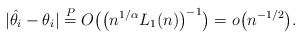
\begin{gather*}|\hat{\theta_i} - \theta_i| \overset{P}= O\bigl(\bigl(n^{1/\alpha}L_1(n)\bigr)^{-1}\bigr) = o\bigl(n^{-1/2}\bigr).\end{gather*}